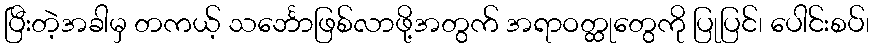
ပြီးတဲ့အခါမှ တကယ့် သင်္ဘောဖြစ်လာဖို့အတွက် အရာဝတ္ထုတွေကို ပြုပြင်၊ ပေါင်းစပ်၊